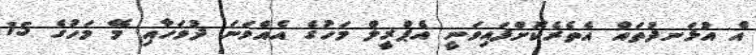
އެ އުޅަނދުތައް އެތެރެކޮށްފައިވަނީ އެޕްރީލް މަހުގެ އެއްވަނަ ދުވަހާއި މޭ މަހުގެ 15